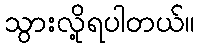
သွားလို့ရပါတယ်။